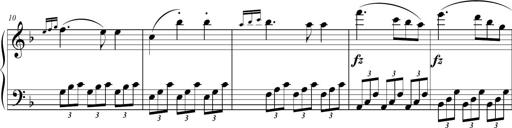
Title: 2 Sonatines faciles et brillantes pour le piano-forte seul
Composer: Carl Czerny